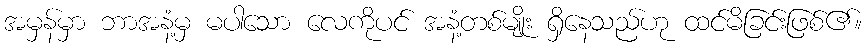
အမှန်မှာ ဘာအနံ့မှ မပါသော လေကိုပင် အနံ့တစ်မျိုး ရှိနေသည်ဟု ထင်မိခြင်းဖြစ်၏။